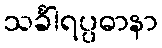
သင်္ခါရပ္ပဓာနာ